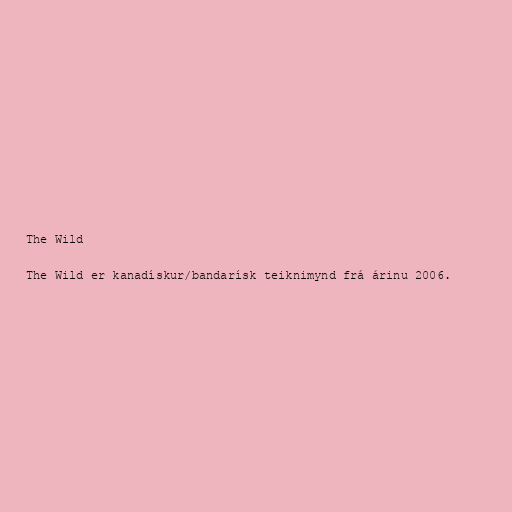
The Wild

The Wild er kanadískur/bandarísk teiknimynd frá árinu 2006.